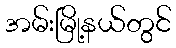
အမ်းမြို့နယ်တွင်